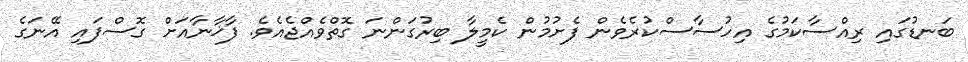
ބަނޑުގައި ރިއްސާކަމުގެ އިހުސާސްކުރެވެން ފެށުމުން ކެމީލާ ބިރުގަންނަ ގޮތްވެއްޖެއެވެ. ފާޚާނާއަށް ގޮސްފައި އޭނަގެ